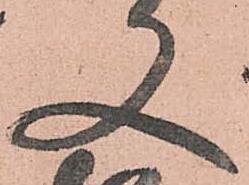
又